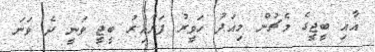
އާއި ބީޖީގެ މެޗުން މިއަދު ހަވީރު ފަށާއިރު ބީޖީ ވަނީ ދެ ވަނަ